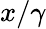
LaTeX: x/\gamma